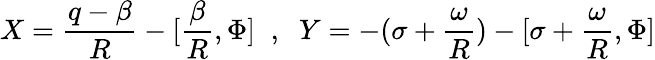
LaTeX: X=\frac{q-\beta}{R}-[\frac{\beta}{R},\Phi]\; \; ,\; \; Y=-(\sigma+\frac{\omega}{R})-[\sigma+\frac{\omega}{R},\Phi]